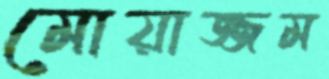
মোয়াজ্জম